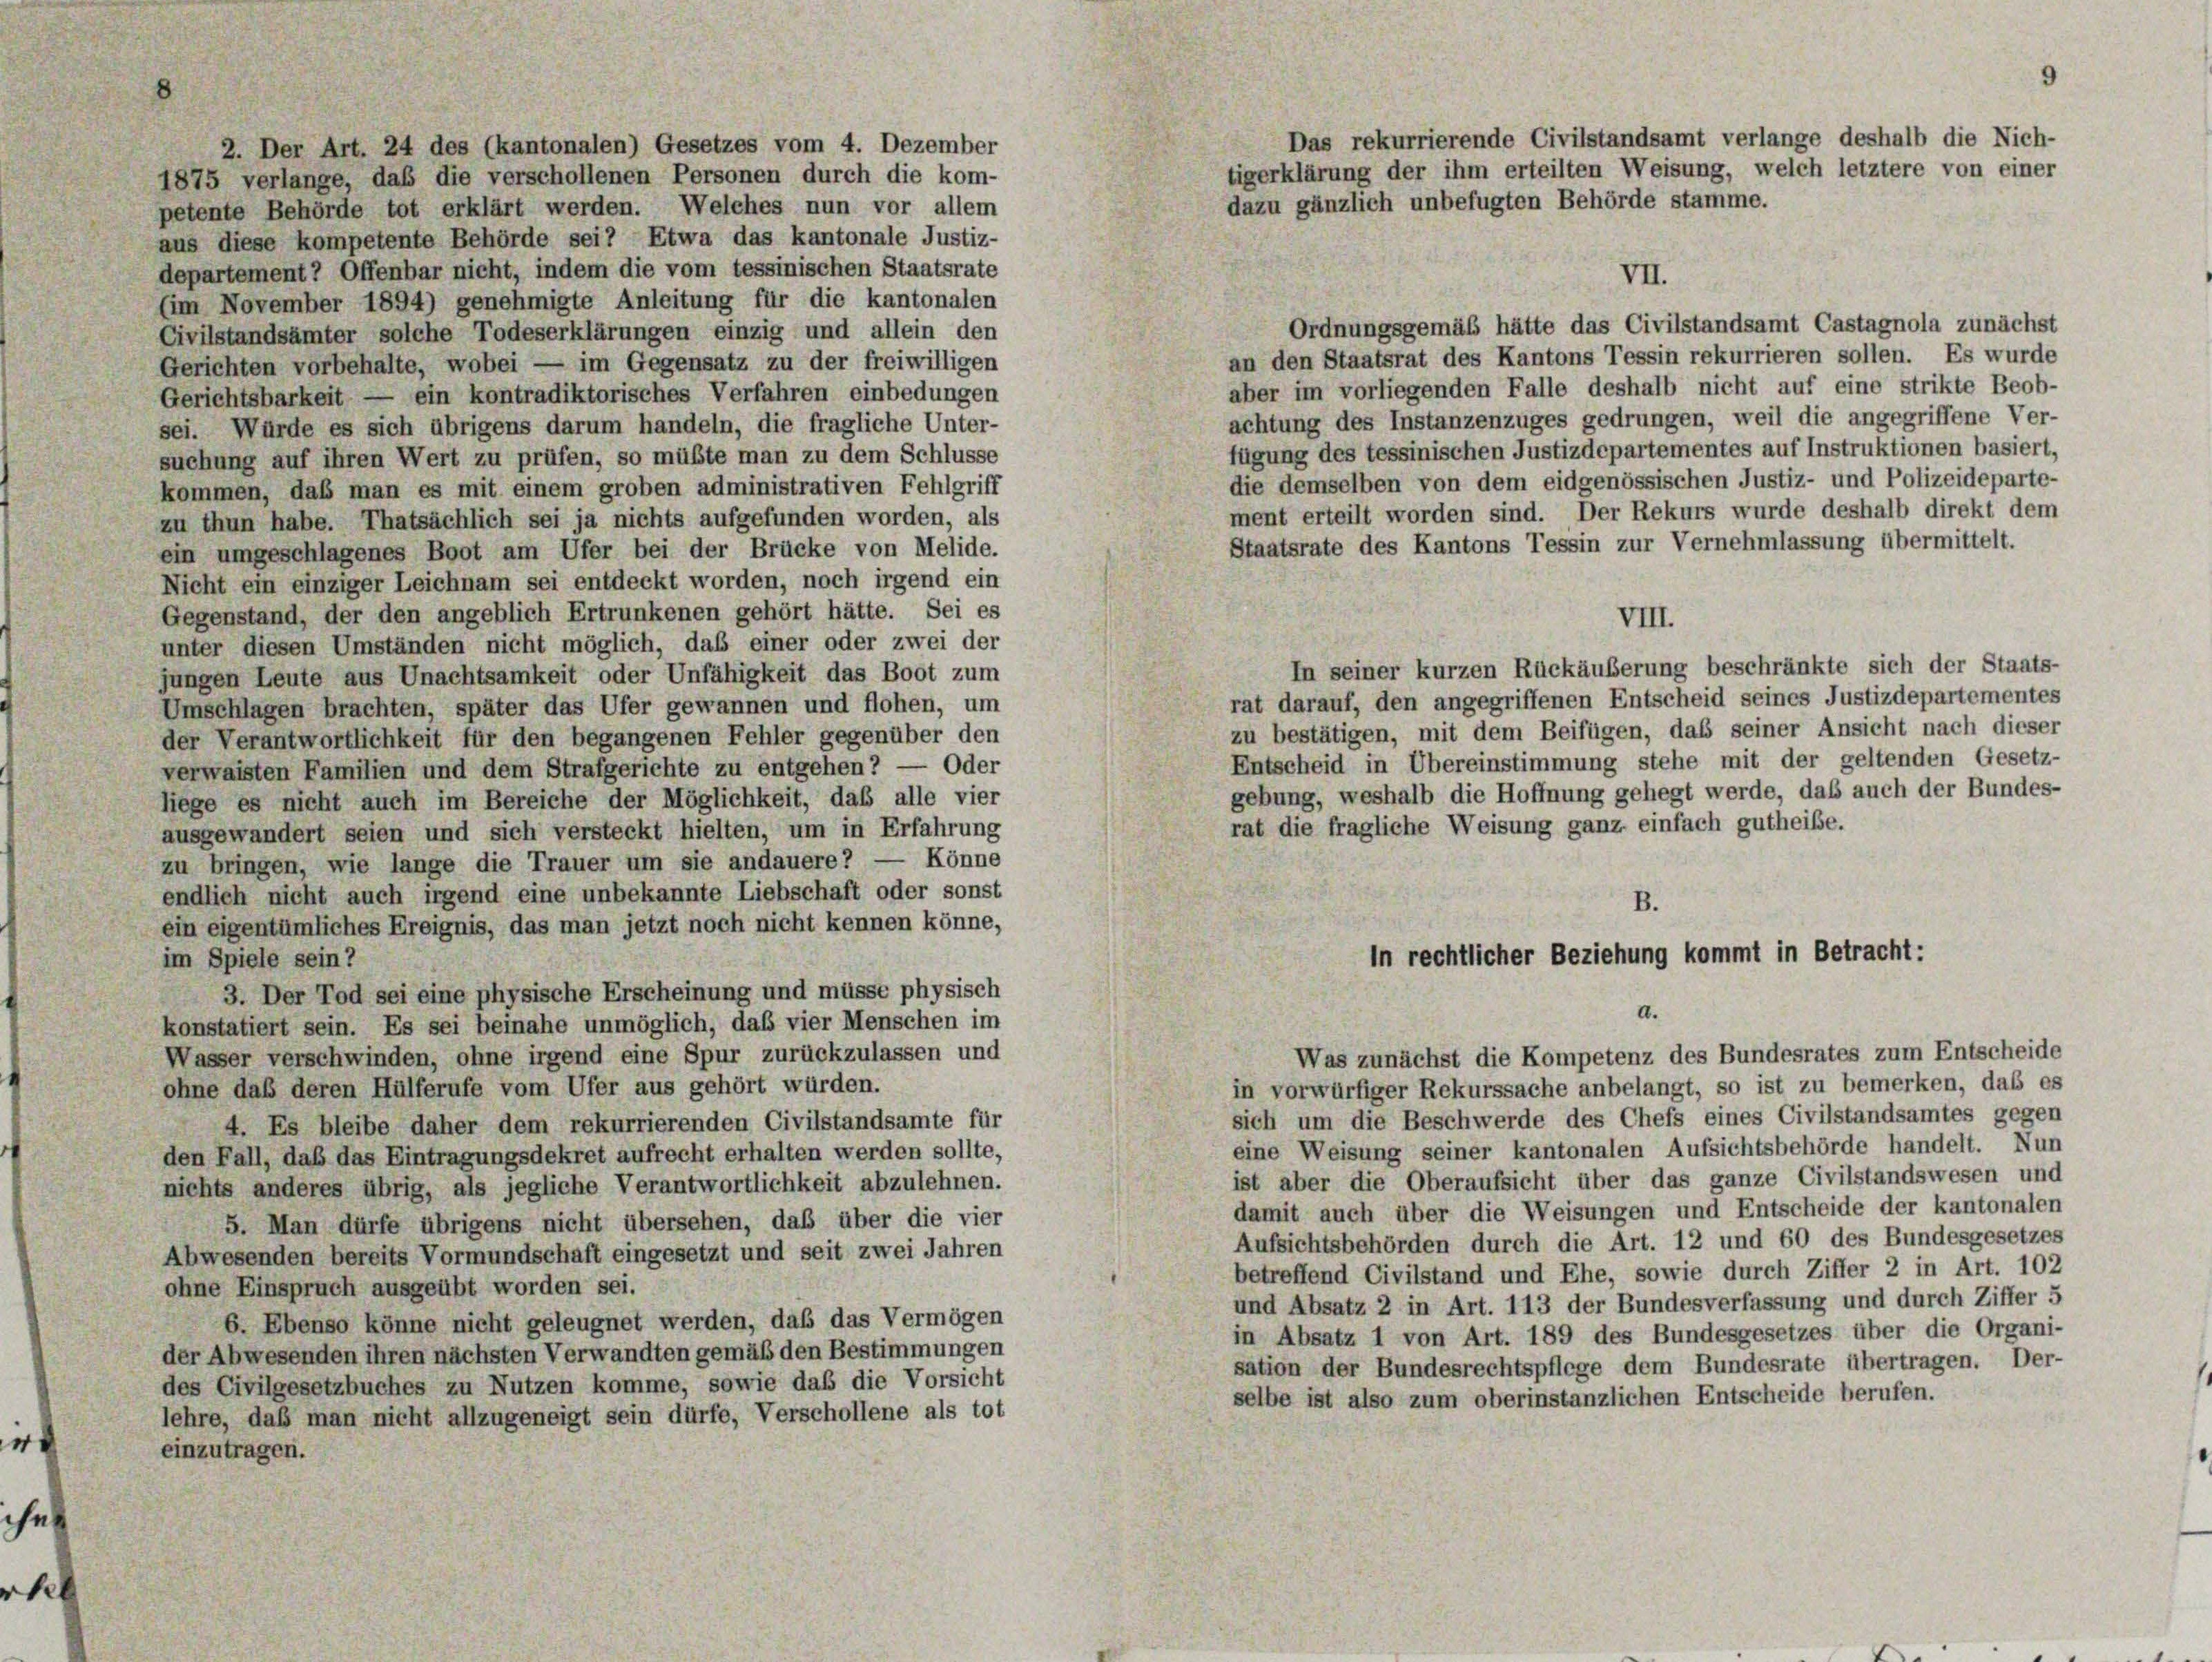
h

2. Der Art. 24 des (kantonalen) Gesetzes vom 4. Dezember
1875 verlange, daß die verschollenen Personen durch die kom-
petente Behörde tot erklärt werden. Welches nun vor allem
aus diese kompetente Behörde sei? Etwa das kantonale Justiz-
departement 7 Offenbar nicht, indem die vom tessinischen Staatsrate
VII.
(im November 1894) genehmigte Anleitung für die kantonalen
Ordnungsgemäß hätte das Civilstandsamt Castagnola zunächst
Civilstandsämter solche Todeserklärungen einzig und allein den
an den Staatsrat des Kantons Tessin rekurrieren sollen. Es wurde
Gerichten vorbehalte, wobei — im Gegensatz zu der freiwilligen
aber im vorliegenden Falle deshalb nicht auf eine strikte Beob-
Gerichtsbarkeit — ein kontradiktorisches Verfahren einbedungen
achtung des Instanzenzuges gedrungen, weil die angegriffene Ver-
sei. Würde es sich übrigens darum handeln, die fragliche Unter-
fügung des tessinischen Justizdepartementes auf Instruktionen basiert,
suchung auf ihren Wert zu prüfen, so müßte man zu dem Schlüsse
die demselben von dem eidgenössischen Justiz- und Polizeideparte-
kommen, daß man es mit einem groben administrativen Fehlgriff
ment erteilt worden sind. Der Rekurs wurde deshalb direkt dem
zu thun habe. Thatsächlich sei ja nichts aufgefunden worden, als
Staatsrate des Kantons Tessin zur Vernehmlassung übermittelt.
ein umgeschlagenes Boot am Ufer bei der Brücke von Melide.
Nicht ein einziger Leichnam sei entdeckt worden, noch irgend ein
Gegenstand, der den angeblich Ertrunkenen gehört hätte. Sei es
VIII.
unter diesen Umständen nicht möglich, daß einer oder zwei der
In seiner kurzen Rückäußerung beschränkte sich der Staats-
jungen Leute aus Unachtsamkeit oder Unfähigkeit das Boot zum
rat darauf, den angegriffenen Entscheid seines Justizdepartementes
Umschlagen brachten, später das Ufer gewannen und flohen, um
zu bestätigen, mit dem Beifügen, das seiner Ansicht nach dieser
der Verantwortlichkeit für den begangenen Fehler gegenüber den
Entscheid in Übereinstimmung stehe mit der geltenden Gesetz-
verwaisten Familien und dem Strafgerichte zu entgehen? — Oder
gebung, weshalb die Hoffnung gehegt werde, daß auch der Bundes-
liege es nicht auch im Bereiche der Möglichkeit, daß alle vier
rat die fragliche Weisung ganz einfach gutheile.
ausgewandert seien und sich versteckt hielten, um in Erfahrung
zu bringen, wie lange die Trauer um sie andauere? — Könne
endlich nicht auch irgend eine unbekannte Liebschaft oder sonst
B.
ein eigentümliches Ereignis, das man jetzt noch nicht kennen könne,
In rechtlicher Beziehung kommt in Betracht:
im Spiele sein?
3. Der Tod sei eine physische Erscheinung und müsse physisch
d.
konstatiert sein. Es sei beinahe unmöglich, daß vier Menschen im
Wasser verschwinden, ohne irgend eine Spur zurückzulassen und
Was zunächst die Kompetenz des Bundesrates zum Entscheide
in vorwürfiger Rekurssache anbelangt, so ist zu bemerken, daß es
ohne daß deren Hülferufe vom Ufer aus gehört würden.
sich um die Beschwerde des Chefs eines Civilstandsamtes gegen
4. Es bleibe daher dem rekurrierenden Civilstandsamte für
eine Weisung seiner kantonalen Aufsichtsbehörde handelt. Nun
den Fall, daß das Eintragungsdekret aufrecht erhalten werden sollte,
ist aber die Oberaufsicht über das ganze Civilstandswesen und
nichts anderes übrig, als jegliche Verantwortlichkeit abzulehnen.
damit auch über die Weisungen und Entscheide der kantonalen
5. Man dürfe übrigens nicht übersehen, daß über die vier
Aufsichtsbehörden durch die Art. 12 und 60 des Bundesgesetzes
Abwesenden bereits Vormundschaft eingesetzt und seit zwei Jahren
betreffend Civilstand und Ehe, sowie durch Ziffer 2 in Art. 102
ohne Einspruch ausgeübt worden sei.
und Absatz 2 in Art. 113 der Bundesverfassung und durch Ziffer 5
6. Ebenso könne nicht geleugnet werden, daß das Vermögen
in Absatz 1 von Art. 189 des Bundesgesetzes über die Organi-
der Abwesenden ihren nächsten Verwandten gemäß den Bestimmungen
sation der Bundesrechtspflege dem Bundesrate übertragen. Der-
des Civilgesetzbuches zu Nutzen komme, sowie daß die Vorsicht
selbe ist also zum oberinstanzlichen Entscheide berufen.
lehre, daß man nicht allzugeneigt sein dürfe, Verschollene als tot
einzutragen.

Das rekurrierende Civilstandsamt verlange deshalb die Nich-
tigerklärung der ihm erteilten Weisung, welch letztere von einer
dazu gänzlich unbefugten Behörde stamme.